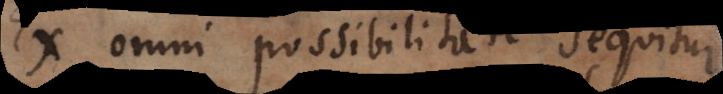
Ex omni possibilitate sequitur